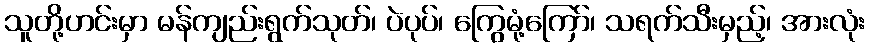
သူတို့ဟင်းမှာ မန်ကျည်းရွက်သုတ်၊ ပဲပုပ်၊ ကြွေမုံ့ကြော်၊ သရက်သီးမှည့်၊ အားလုံး